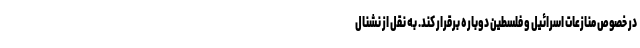
در خصوص منازعات اسرائیل و فلسطین دوباره برقرار کند. به نقل از نشنال